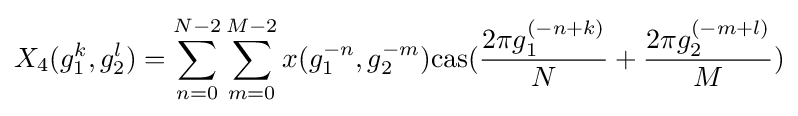
X_{4}(g_{1}^{k},g_{2}^{l})=\sum _{n=0}^{N-2}\sum _{m=0}^{M-2}x(g_{1}^{-n},g_{2}^{-m}){\rm {cas}}({\frac {2\pi g_{1}^{(-n+k)}}{N}}+{\frac {2\pi g_{2}^{(-m+l)}}{M}})